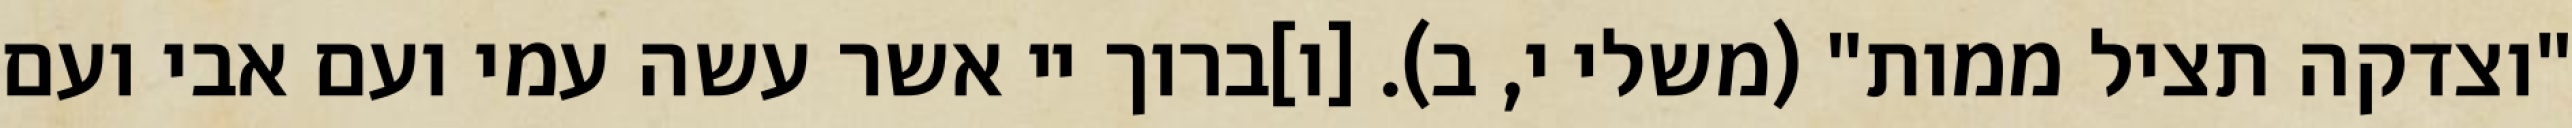
"וצדקה תציל ממות" (משלי י, ב). [ו]ברוך יי אשר עשה עמי ועם אבי ועם